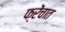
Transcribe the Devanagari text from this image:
फ्रेंचात